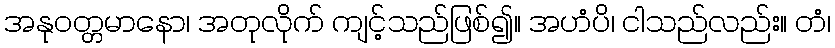
အနုဝတ္တမာနော၊ အတုလိုက် ကျင့်သည်ဖြစ်၍။ အဟံပိ၊ ငါသည်လည်း။ တံ၊